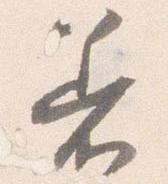
着